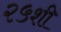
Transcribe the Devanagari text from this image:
२५शी